65_HS1-834228961_62-HQ-83894_Section_1
Agency: FBI
Page 121
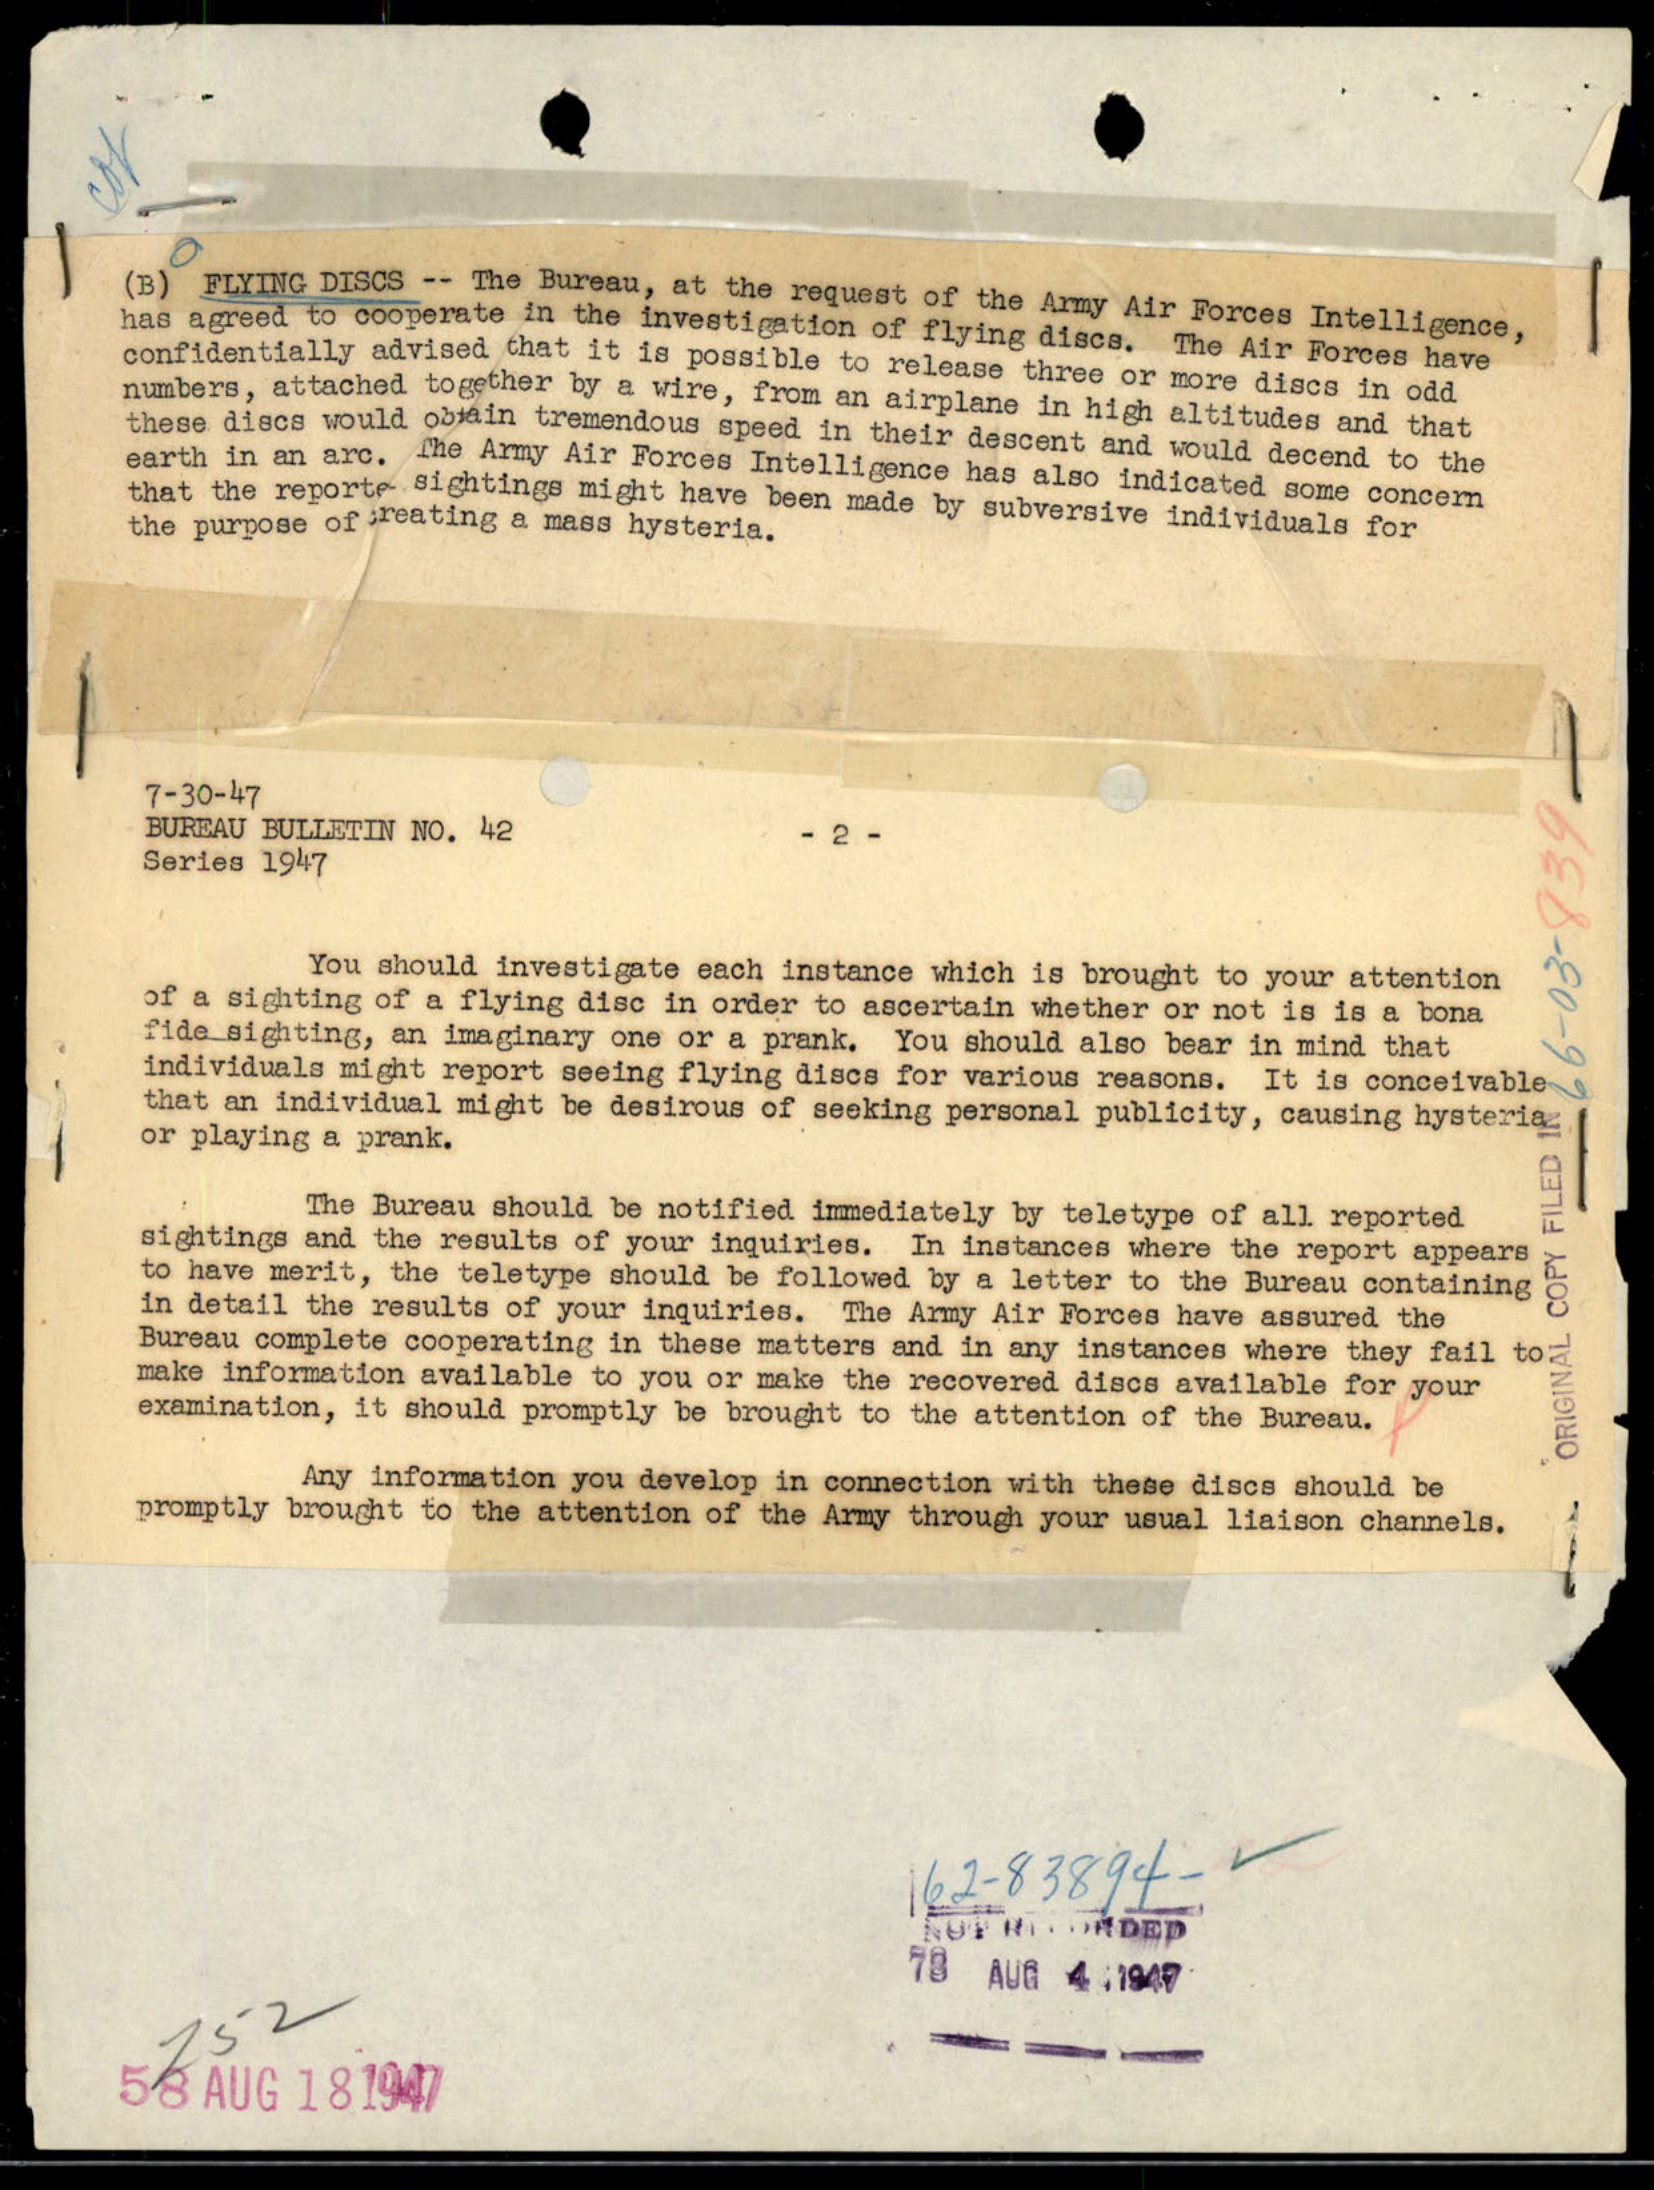